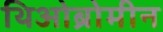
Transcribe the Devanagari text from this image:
थिओब्रोमीन